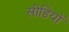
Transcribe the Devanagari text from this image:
सीड़ियों